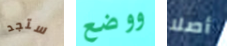
ستجد ووضع أصلا